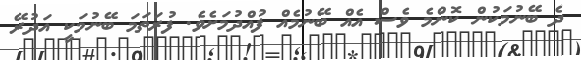
ދެ ބޭނުމަކުން ކޮންމެ ވެސް އެއް ބޭނުމެއް ފުއްދުމަށެވެ. ފުރަތަމަ ބޭނުމަކީ އަދުރޭ